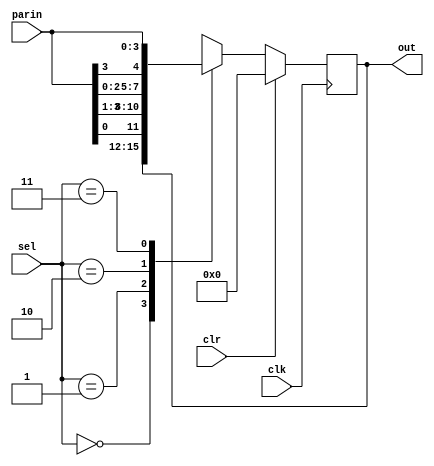
// Code your design here
module universal_shift_register (clr,clk,sel,parin,out);
  
  input clr,clk;
  input [1:0]sel;
  input [3:0]parin;
  output reg[3:0]out;
  
  always @(posedge clk) begin
    
    if(clr)
      out=4'b0000;
    
    else begin
      case(sel)
        2'b00: out=out;
        2'b01: out={parin[0],parin[3:1]};
        2'b10: out={parin[2:0],parin[3]};
        2'b11: out=parin;
      endcase
    end
  
  end

endmodule